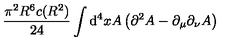
\frac { \pi ^ { 2 } R ^ { 6 } c ( R ^ { 2 } ) } { 2 4 } \int \mathrm { d } ^ { 4 } x A \raisebox { - 4 p t } { \stackrel { \displaystyle { ( x ) } } { \scriptstyle { \mu a } } } \left( \partial ^ { 2 } A \raisebox { - 4 p t } { \stackrel { \displaystyle { ( x ) } } { \scriptstyle { \mu a } } } - \partial _ { \mu } \partial _ { \nu } A \raisebox { - 4 p t } { \stackrel { \displaystyle { ( x ) } } { \scriptstyle { \nu a } } } \right)